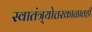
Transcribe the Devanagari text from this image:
स्वातंत्र्योत्तरकाळातही